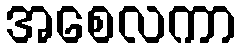
အစေလကာ